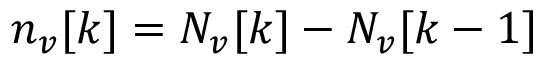
{ n } _ { v } [ k ] = N _ { v } [ k ] - N _ { v } [ k - 1 ]